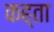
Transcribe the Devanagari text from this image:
कह्ता